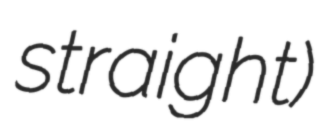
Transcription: straight)